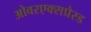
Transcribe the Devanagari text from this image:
ओवरएक्सप्रेस्ड